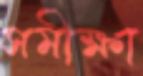
সমীক্ষা